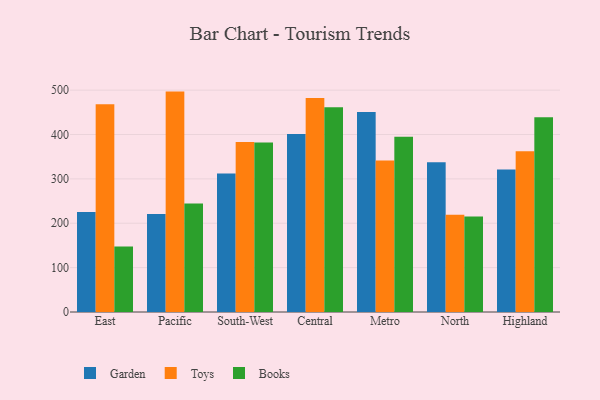
{"axis": {"x": "Region", "y": "Temperature (°C)"}, "legend": ["Books", "Garden", "Toys"], "data": [{"x": "East", "y": 225.2, "type": "Garden"}, {"x": "East", "y": 468.0, "type": "Toys"}, {"x": "East", "y": 147.4, "type": "Books"}, {"x": "Pacific", "y": 221.1, "type": "Garden"}, {"x": "Pacific", "y": 496.7, "type": "Toys"}, {"x": "Pacific", "y": 244.6, "type": "Books"}, {"x": "South-West", "y": 312.0, "type": "Garden"}, {"x": "South-West", "y": 383.0, "type": "Toys"}, {"x": "South-West", "y": 382.0, "type": "Books"}, {"x": "Central", "y": 401.0, "type": "Garden"}, {"x": "Central", "y": 482.4, "type": "Toys"}, {"x": "Central", "y": 461.3, "type": "Books"}, {"x": "Metro", "y": 450.9, "type": "Garden"}, {"x": "Metro", "y": 341.4, "type": "Toys"}, {"x": "Metro", "y": 395.0, "type": "Books"}, {"x": "North", "y": 337.7, "type": "Garden"}, {"x": "North", "y": 219.0, "type": "Toys"}, {"x": "North", "y": 215.5, "type": "Books"}, {"x": "Highland", "y": 321.0, "type": "Garden"}, {"x": "Highland", "y": 362.5, "type": "Toys"}, {"x": "Highland", "y": 438.9, "type": "Books"}]}